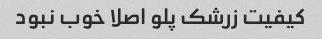
کیفیت زرشک پلو اصلا خوب نبود